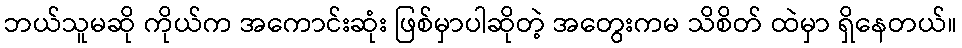
ဘယ်သူမဆို ကိုယ်က အကောင်းဆုံး ဖြစ်မှာပါဆိုတဲ့ အတွေးကမ သိစိတ် ထဲမှာ ရှိနေတယ်။